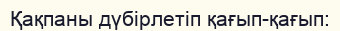
Қақпаны дүбірлетіп қағып-қағып: